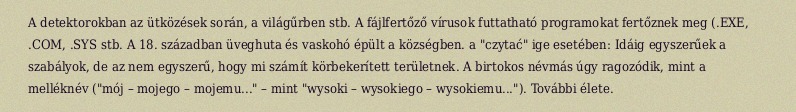
A detektorokban az ütközések során, a világűrben stb. A fájlfertőző vírusok futtatható programokat fertőznek meg (.EXE, .COM, .SYS stb. A 18. században üveghuta és vaskohó épült a községben. a "czytać" ige esetében: Idáig egyszerűek a szabályok, de az nem egyszerű, hogy mi számít körbekerített területnek. A birtokos névmás úgy ragozódik, mint a melléknév ("mój – mojego – mojemu..." – mint "wysoki – wysokiego – wysokiemu..."). További élete.